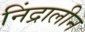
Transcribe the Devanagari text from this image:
निंद्रालीन